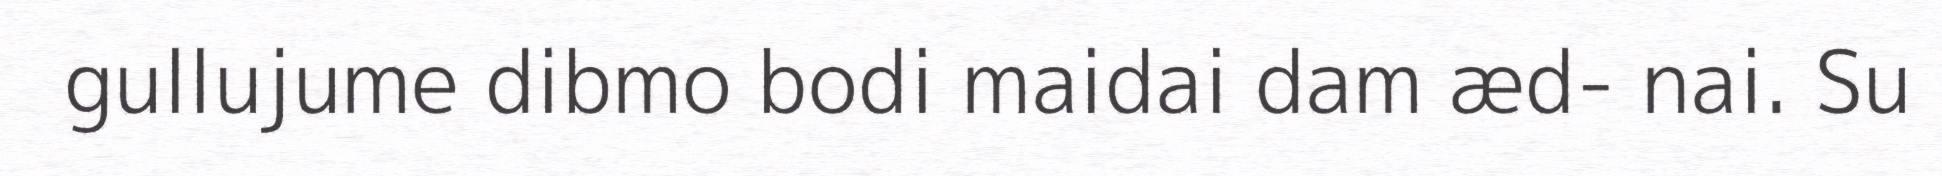
gullujume dibmo bodi maidai dam æd- nai. Su